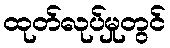
ထုတ်လုပ်မှုတွင်